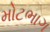
મોટભાગ